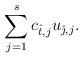
LaTeX: \begin{align*}\sum_{j=1}^s c_{\hat{t},j} u_{\hat{\jmath},j}.\end{align*}